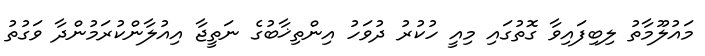
މައުލޫމާތު ލިބިފައިވާ ގޮތުގައި މިއީ ހުކުރު ދުވަހު އިންތިޚާބުގެ ނަތީޖާ އިއުލާންކުރަމުންދާ ވަގުތު